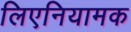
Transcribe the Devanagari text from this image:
लिएनियामक